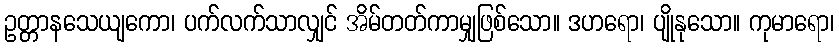
ဥတ္တာနသေယျကော၊ ပက်လက်သာလျှင် အိမ်တတ်ကာမျှဖြစ်သော။ ဒဟရော၊ ပျိုနုသော။ ကုမာရော၊